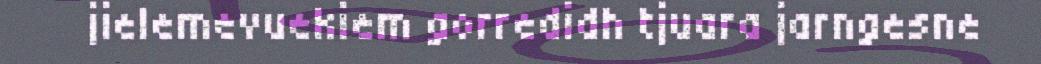
jielemevuekiem gorredidh tjuara jarngesne